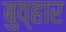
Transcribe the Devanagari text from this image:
बुव्हार